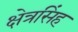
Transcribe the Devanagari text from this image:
क्षेत्रसिंह